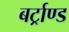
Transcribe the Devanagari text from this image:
बर्ट्राण्ड